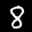
Label: 8